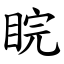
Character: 睆